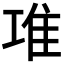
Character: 𨾊